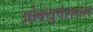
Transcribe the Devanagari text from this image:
ओक्युपेशनल